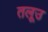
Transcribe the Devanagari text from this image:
तलूउ